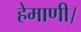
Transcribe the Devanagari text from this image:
हेमाणी।